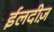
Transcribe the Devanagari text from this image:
ईलदीज़